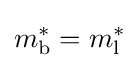
m_{\rm {b}}^{*}=m_{\rm {l}}^{*}